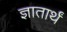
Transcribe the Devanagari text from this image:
ज्ञातार्थं